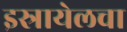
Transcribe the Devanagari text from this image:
इस्रायेलचा